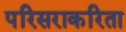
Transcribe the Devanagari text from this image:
परिसराकरिता